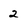
Character: 2